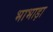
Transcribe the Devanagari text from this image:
भाभाड़ा